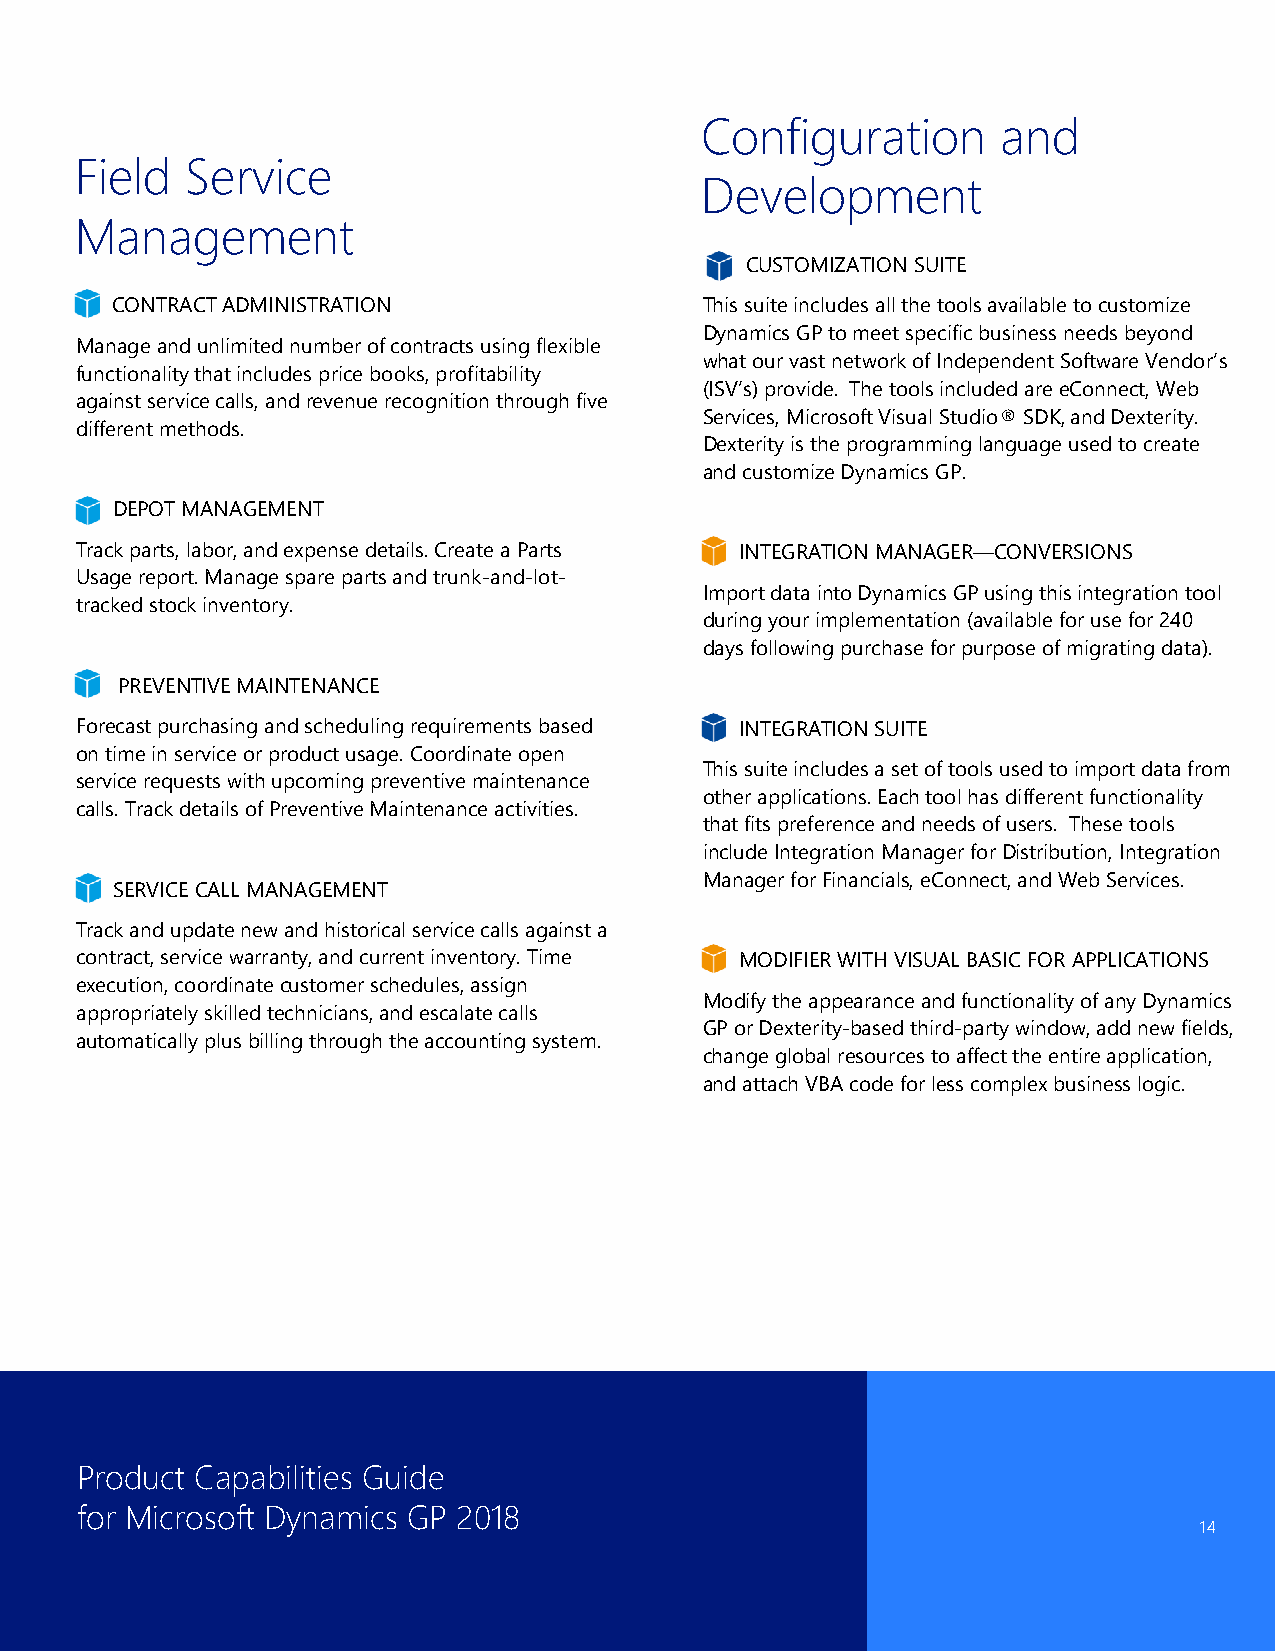
Configuration       and
 Field  Service
 Development
 Management
 CUSTOMIZATION SUITE
 CONTRACT ADMINISTRATION                 This suite includes all the tools available to customize
 Dynamics GP to meet specific business needs beyond
 Manage and unlimited number of contracts using flexible
 what our vast network of Independent Software Vendor’s
 functionality that includes price books, profitability
 (ISV’s) provide. The tools included are eConnect, Web
 against service calls, and revenue recognition through five
 Services, Microsoft Visual Studio® SDK, and Dexterity.
 different methods.
 Dexterity is the programming language used to create
 and customize Dynamics GP.
 DEPOT MANAGEMENT
 Track parts, labor, and expense details. Create a Parts INTEGRATION MANAGER—CONVERSIONS
 Usage report. Manage spare parts and trunk-and-lot-
 Import data into Dynamics GP using this integration tool
 tracked stock inventory.
 during your implementation (available for use for 240
 days following purchase for purpose of migrating data).
 PREVENTIVE MAINTENANCE
 Forecast purchasing and scheduling requirements based INTEGRATION SUITE
 on time in service or product usage. Coordinate open
 This suite includes a set of tools used to import data from
 service requests with upcoming preventive maintenance
 other applications. Each tool has different functionality
 calls. Track details of Preventive Maintenance activities.
 that fits preference and needs of users. These tools
 include Integration Manager for Distribution, Integration
 Manager for Financials, eConnect, and Web Services.
 SERVICE CALL MANAGEMENT
 Track and update new and historical service calls against a
 contract, service warranty, and current inventory. Time MODIFIER WITH VISUAL BASIC FOR APPLICATIONS
 execution, coordinate customer schedules, assign
 Modify the appearance and functionality of any Dynamics
 appropriately skilled technicians, and escalate calls
 GP or Dexterity-based third-party window, add new fields,
 automatically plus billing through the accounting system.
 change global resources to affect the entire application,
 and attach VBA code for less complex business logic.
 Product Capabilities Guide
 for Microsoft Dynamics GP 2018
 14